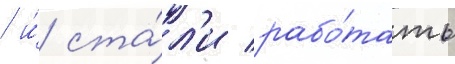
/ и́ ста́л'и рабо́тать